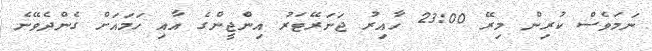
ނަމަވެސް ކުރިން މިރޭ 23:00 ހާއިރު ޖަނަރޭޓަރު އިންޖީންގެ އާއި ހަމައަށް ގެންދެވޭނެ